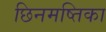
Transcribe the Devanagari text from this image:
छिनमष्तिका